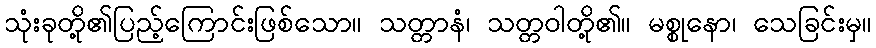
သုံးခုတို့၏ပြည့်ကြောင်းဖြစ်သော။ သတ္တာနံ၊ သတ္တဝါတို့၏။ မစ္စုနော၊ သေခြင်းမှ။